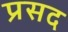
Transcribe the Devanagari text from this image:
प्रसद